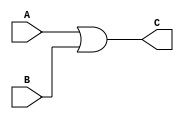
module or_gate(
	input wire [31:0] A, B, 
	output wire [31:0] C
);

assign C = A | B;
endmodule